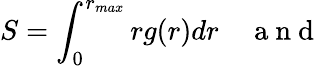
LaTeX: S=\int_{0}^{r_{max}}rg(r)dr\quad\mathrm{~a~n~d~}